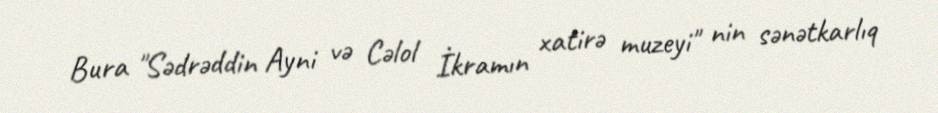
Bura "Sədrəddin Ayni və Cəlol İkramın xatirə muzeyi" nin sənətkarlıq